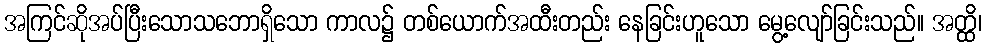
အကြင်ဆိုအပ်ပြီးသောသဘောရှိသော ကာလ၌ တစ်ယောက်အထီးတည်း နေခြင်းဟူသော မွေ့လျော်ခြင်းသည်။ အတ္ထိ၊